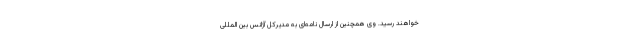
خواهند رسید. وی همچنین از ارسال نامه‌ای به مدیرکل آژانس بین المللی